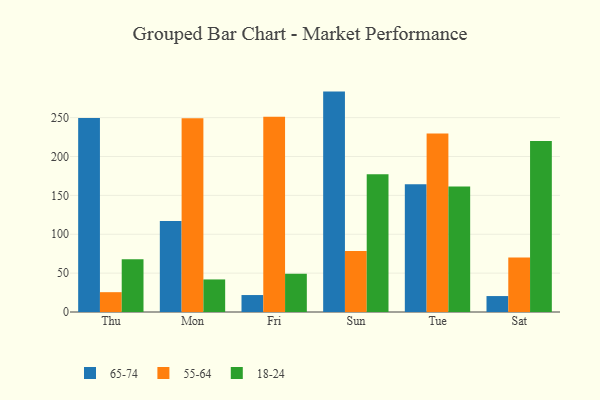
{"axis": {"x": "Day", "y": "Website Visitors"}, "legend": ["18-24", "55-64", "65-74"], "data": [{"x": "Thu", "y": 249.4, "type": "65-74"}, {"x": "Thu", "y": 25.5, "type": "55-64"}, {"x": "Thu", "y": 67.7, "type": "18-24"}, {"x": "Mon", "y": 116.9, "type": "65-74"}, {"x": "Mon", "y": 249.3, "type": "55-64"}, {"x": "Mon", "y": 41.9, "type": "18-24"}, {"x": "Fri", "y": 21.8, "type": "65-74"}, {"x": "Fri", "y": 251.3, "type": "55-64"}, {"x": "Fri", "y": 49.2, "type": "18-24"}, {"x": "Sun", "y": 283.5, "type": "65-74"}, {"x": "Sun", "y": 78.5, "type": "55-64"}, {"x": "Sun", "y": 177.1, "type": "18-24"}, {"x": "Tue", "y": 164.4, "type": "65-74"}, {"x": "Tue", "y": 229.6, "type": "55-64"}, {"x": "Tue", "y": 161.3, "type": "18-24"}, {"x": "Sat", "y": 20.5, "type": "65-74"}, {"x": "Sat", "y": 70.2, "type": "55-64"}, {"x": "Sat", "y": 219.9, "type": "18-24"}]}